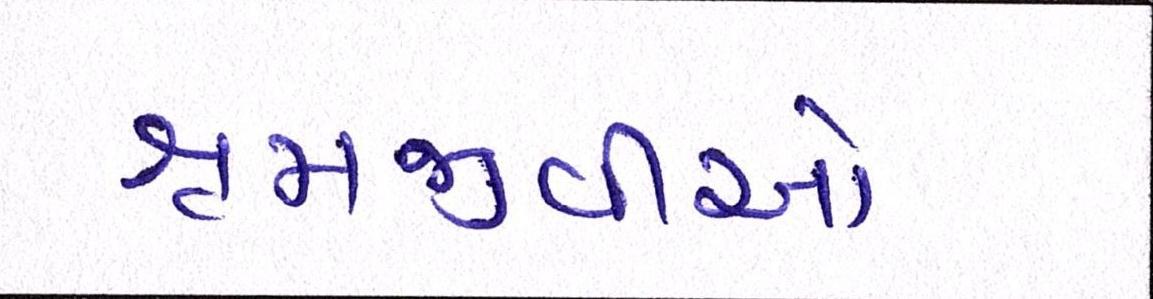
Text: શ્રમજીવીઓ